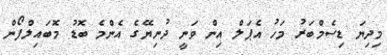
މިދިޔަ ޑިސެމްބަރު މަހު އެޕަލް އިން ވަނީ ދުނިޔޭގެ އެންމެ ބޮޑު މޮބައިލްފޯން